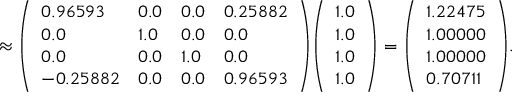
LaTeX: \approx { \left( \begin{array} { l l l l } { 0 . 9 6 5 9 3 } & { 0 . 0 } & { 0 . 0 } & { 0 . 2 5 8 8 2 } \\ { 0 . 0 } & { 1 . 0 } & { 0 . 0 } & { 0 . 0 } \\ { 0 . 0 } & { 0 . 0 } & { 1 . 0 } & { 0 . 0 } \\ { - 0 . 2 5 8 8 2 } & { 0 . 0 } & { 0 . 0 } & { 0 . 9 6 5 9 3 } \end{array} \right) } { \left( \begin{array} { l } { 1 . 0 } \\ { 1 . 0 } \\ { 1 . 0 } \\ { 1 . 0 } \end{array} \right) } = { \left( \begin{array} { l } { 1 . 2 2 4 7 5 } \\ { 1 . 0 0 0 0 0 } \\ { 1 . 0 0 0 0 0 } \\ { 0 . 7 0 7 1 1 } \end{array} \right) } .